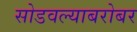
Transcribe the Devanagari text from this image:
सोडवल्याबरोबर